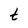
Character: t